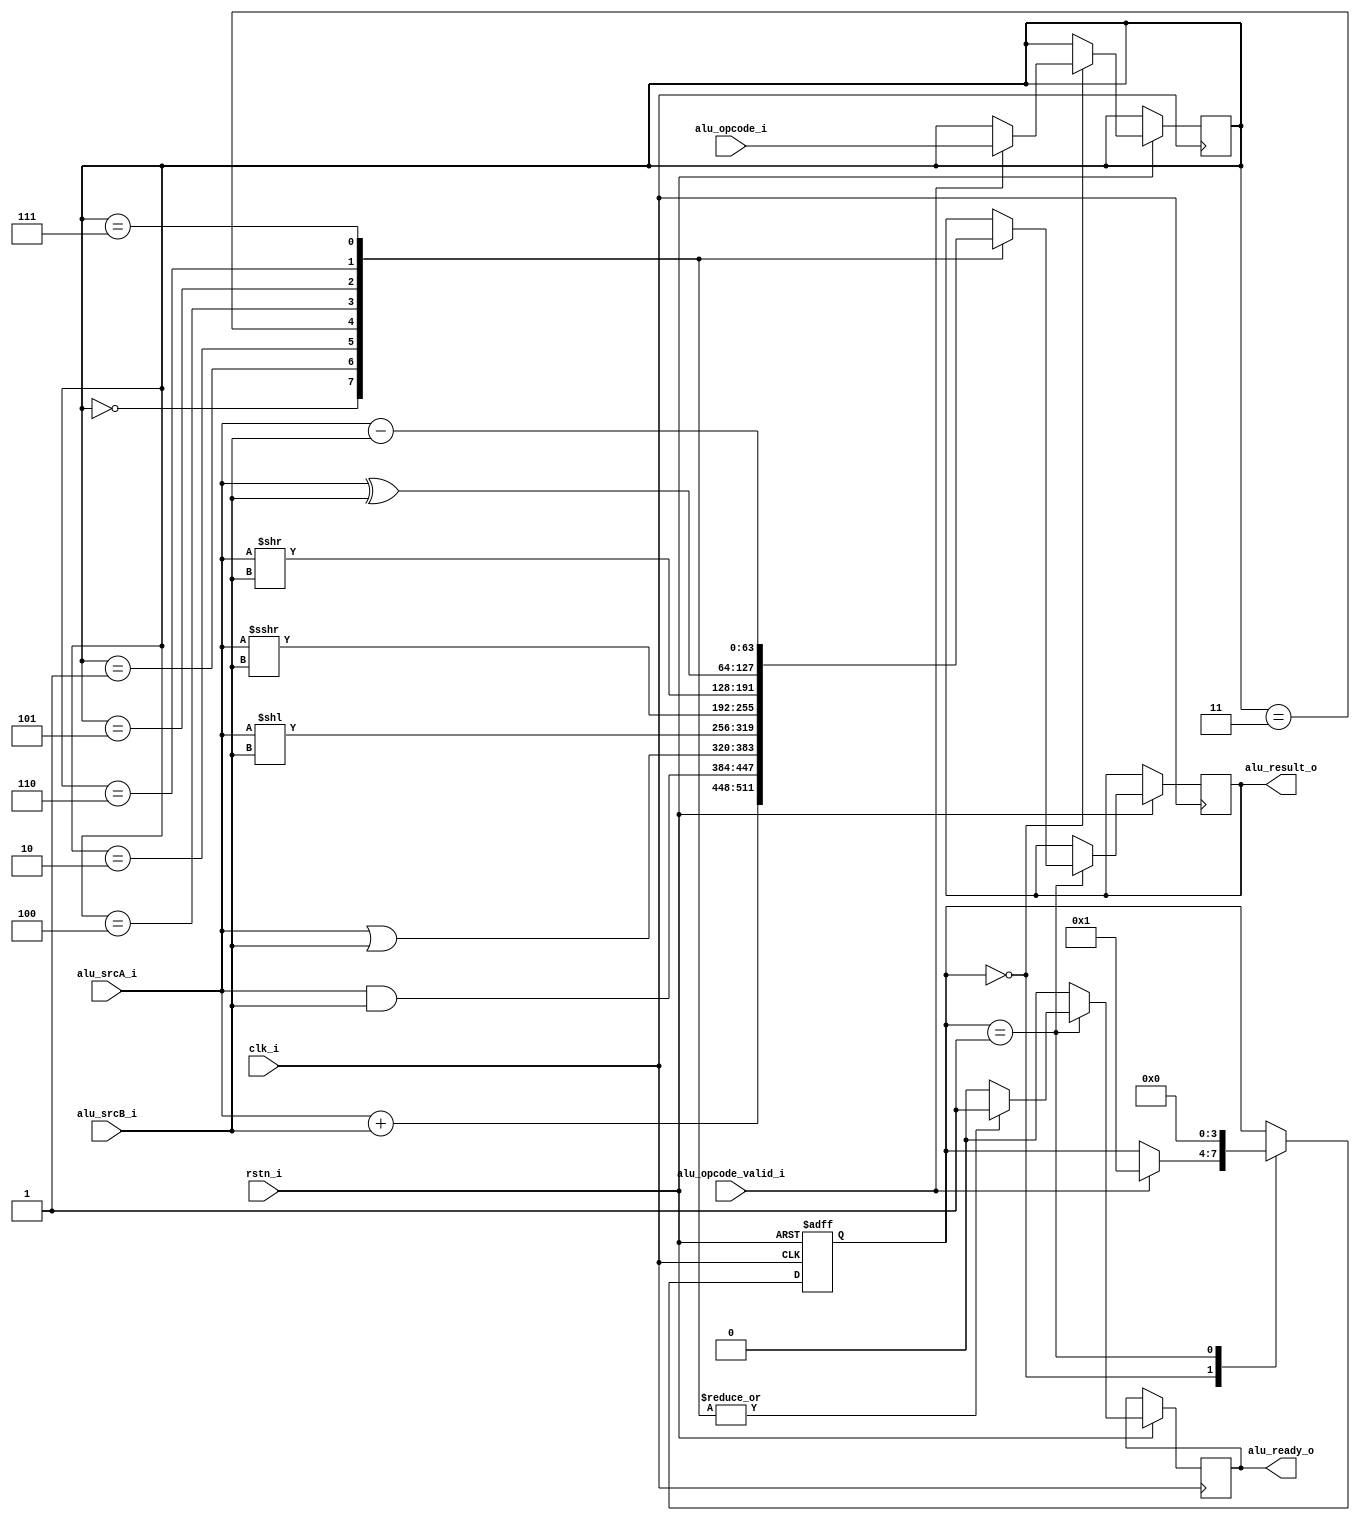
`timescale 1ns / 1ps
//////////////////////////////////////////////////////////////////////////////////
// Company: 
// Engineer: 
// 
// Design Name: 
// Module Name: mystic_alu
// Project Name: 
// Target Devices: 
// Tool Versions: 
// Description: 
// 
// Dependencies: 
// 
// Revision:
// Revision 0.01 - File Created
// Additional Comments:
// 
//////////////////////////////////////////////////////////////////////////////////
// 00000 add

module mystic_alu(
      input  wire          clk_i,
      input  wire          rstn_i,
      input  wire  [5:0]   alu_opcode_i,
      input  wire          alu_opcode_valid_i,

      input  wire  [63:0]  alu_srcA_i,
      input  wire  [63:0]  alu_srcB_i,
      output reg   [63:0]  alu_result_o,
      output reg           alu_ready_o
   );

   reg [3:0] state;
   localparam S_IDLE    = 0;
   localparam S_EXECUTE = 1;

   reg  [5:0]  alu_opcode_reg;

   reg [3:0] cntr;

   always @(posedge clk_i, negedge rstn_i ) begin
      if (!rstn_i) begin
         state <= S_IDLE;
      end else begin
         alu_ready_o   <= 1'b0;
         case (state)
            S_IDLE: begin
               cntr  <= 4'b0000;
               if (alu_opcode_valid_i) begin
                  state             <= S_EXECUTE;
                  alu_opcode_reg    <= alu_opcode_i;
               end
            end

            S_EXECUTE: begin
               
               
               case (alu_opcode_reg)
                  6'b000000: begin // ADD
                    alu_result_o   <= alu_srcA_i + alu_srcB_i;
                    alu_ready_o    <= 1'b1;
                    state          <= S_IDLE;
                     
                  end 

                  6'b000001:  begin // AND
                     alu_result_o   <= alu_srcA_i & alu_srcB_i;
                     alu_ready_o    <= 1'b1;
                     state          <= S_IDLE;
                  end 

                  6'b000010:   begin // OR
                     alu_result_o   <= alu_srcA_i | alu_srcB_i;
                     alu_ready_o    <= 1'b1;
                     state          <= S_IDLE;
                  end

                  6'b000011: begin // SLL
                     alu_result_o   <= alu_srcA_i << alu_srcB_i;
                     alu_ready_o    <= 1'b1;
                     state          <= S_IDLE;
                  end

                  6'b000100: begin // SRA
                     alu_result_o   <= alu_srcA_i >>> alu_srcB_i;
                     alu_ready_o    <= 1'b1;
                     state          <= S_IDLE;
                  end

                  6'b000101: begin // SRL
                     alu_result_o   <= alu_srcA_i >> alu_srcB_i;
                     alu_ready_o    <= 1'b1;
                     state          <= S_IDLE;
                  end

                  6'b000110: begin // XOR
                     alu_result_o   <= alu_srcA_i ^ alu_srcB_i;
                     alu_ready_o    <= 1'b1;
                     state          <= S_IDLE;
                  end

                  6'b000111: begin // SUB
                     alu_result_o   <= alu_srcA_i - alu_srcB_i;
                     alu_ready_o    <= 1'b1;
                     state          <= S_IDLE;
                  end

                  default: begin // 
                     state    <= S_IDLE;
                  end
               endcase
            end

         endcase
      end
   end
     

endmodule